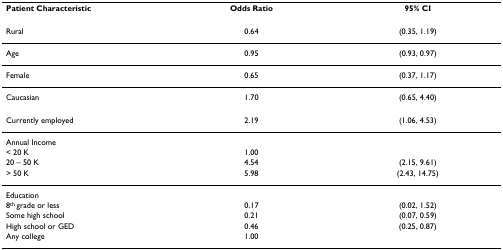
<table><thead><tr><td><b>Patient Characteristic</b></td><td><b>Odds Ratio</b></td><td><b>95% CI</b></td></tr></thead><tbody><tr><td>Rural</td><td>0.64</td><td>(0.35, 1.19)</td></tr><tr><td>Age</td><td>0.95</td><td>(0.93, 0.97)</td></tr><tr><td>Female</td><td>0.65</td><td>(0.37, 1.17)</td></tr><tr><td>Caucasian</td><td>1.70</td><td>(0.65, 4.40)</td></tr><tr><td>Currently employed</td><td>2.19</td><td>(1.06, 4.53)</td></tr><tr><td>Annual Income</td><td></td><td></td></tr><tr><td>&lt; 20 K</td><td>1.00</td><td></td></tr><tr><td>20 – 50 K</td><td>4.54</td><td>(2.15, 9.61)</td></tr><tr><td>&gt; 50 K</td><td>5.98</td><td>(2.43, 14.75)</td></tr><tr><td>Education</td><td></td><td></td></tr><tr><td>8<sup>th </sup>grade or less</td><td>0.17</td><td>(0.02, 1.52)</td></tr><tr><td>Some high school</td><td>0.21</td><td>(0.07, 0.59)</td></tr><tr><td>High school or GED</td><td>0.46</td><td>(0.25, 0.87)</td></tr><tr><td>Any college</td><td>1.00</td><td></td></tr></tbody></table>